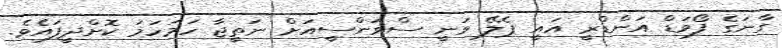
ގާނަގެ ފޯވަޑް އަންޑްރީ އައީ ޕެލޭ ވަނީ ސްވަންސީއަށް ނަތީޖާ ހަމަހަމަ ކޮށްދީފައެވެ.